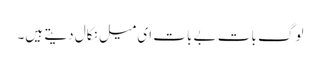
لوگ بات بے بات ای میل نکال دیتے ہیں۔